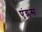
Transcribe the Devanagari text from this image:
एंग्लस